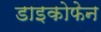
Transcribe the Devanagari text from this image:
डाइकोफेन